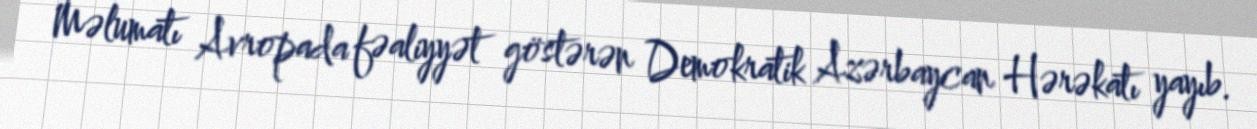
Məlumatı Avropada fəaliyyət göstərən Demokratik Azərbaycan Hərəkatı yayıb.